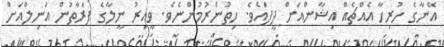
އޭނާގެ ހުރިހާ އެއްޗެއް އިޝާންއަށް ދީފައެވެ. ހިތުންރުމުންނެވެ. ވީއިރު ނީލާގެ ފަރާތުން އަނިލްއަށް